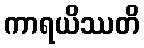
ကာရယိဿတိ